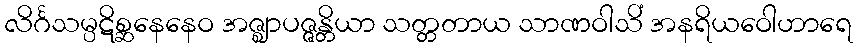
လိင်္ဂသမ္ပဋိစ္ဆနေနေဝ အဇ္ဈာပဇ္ဇန္တိယာ သတ္တတာယ သာဏဝါသိံ အနရိယဝေါဟာရေ